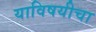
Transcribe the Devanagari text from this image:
याविषयीचा